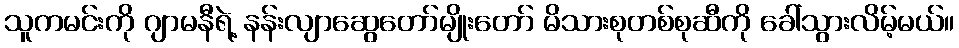
သူကမင်းကို ဂျာမနီရဲ့ နန်းလျာဆွေတော်မျိုးတော် မိသားစုတစ်စုဆီကို ခေါ်သွားလိမ့်မယ်။